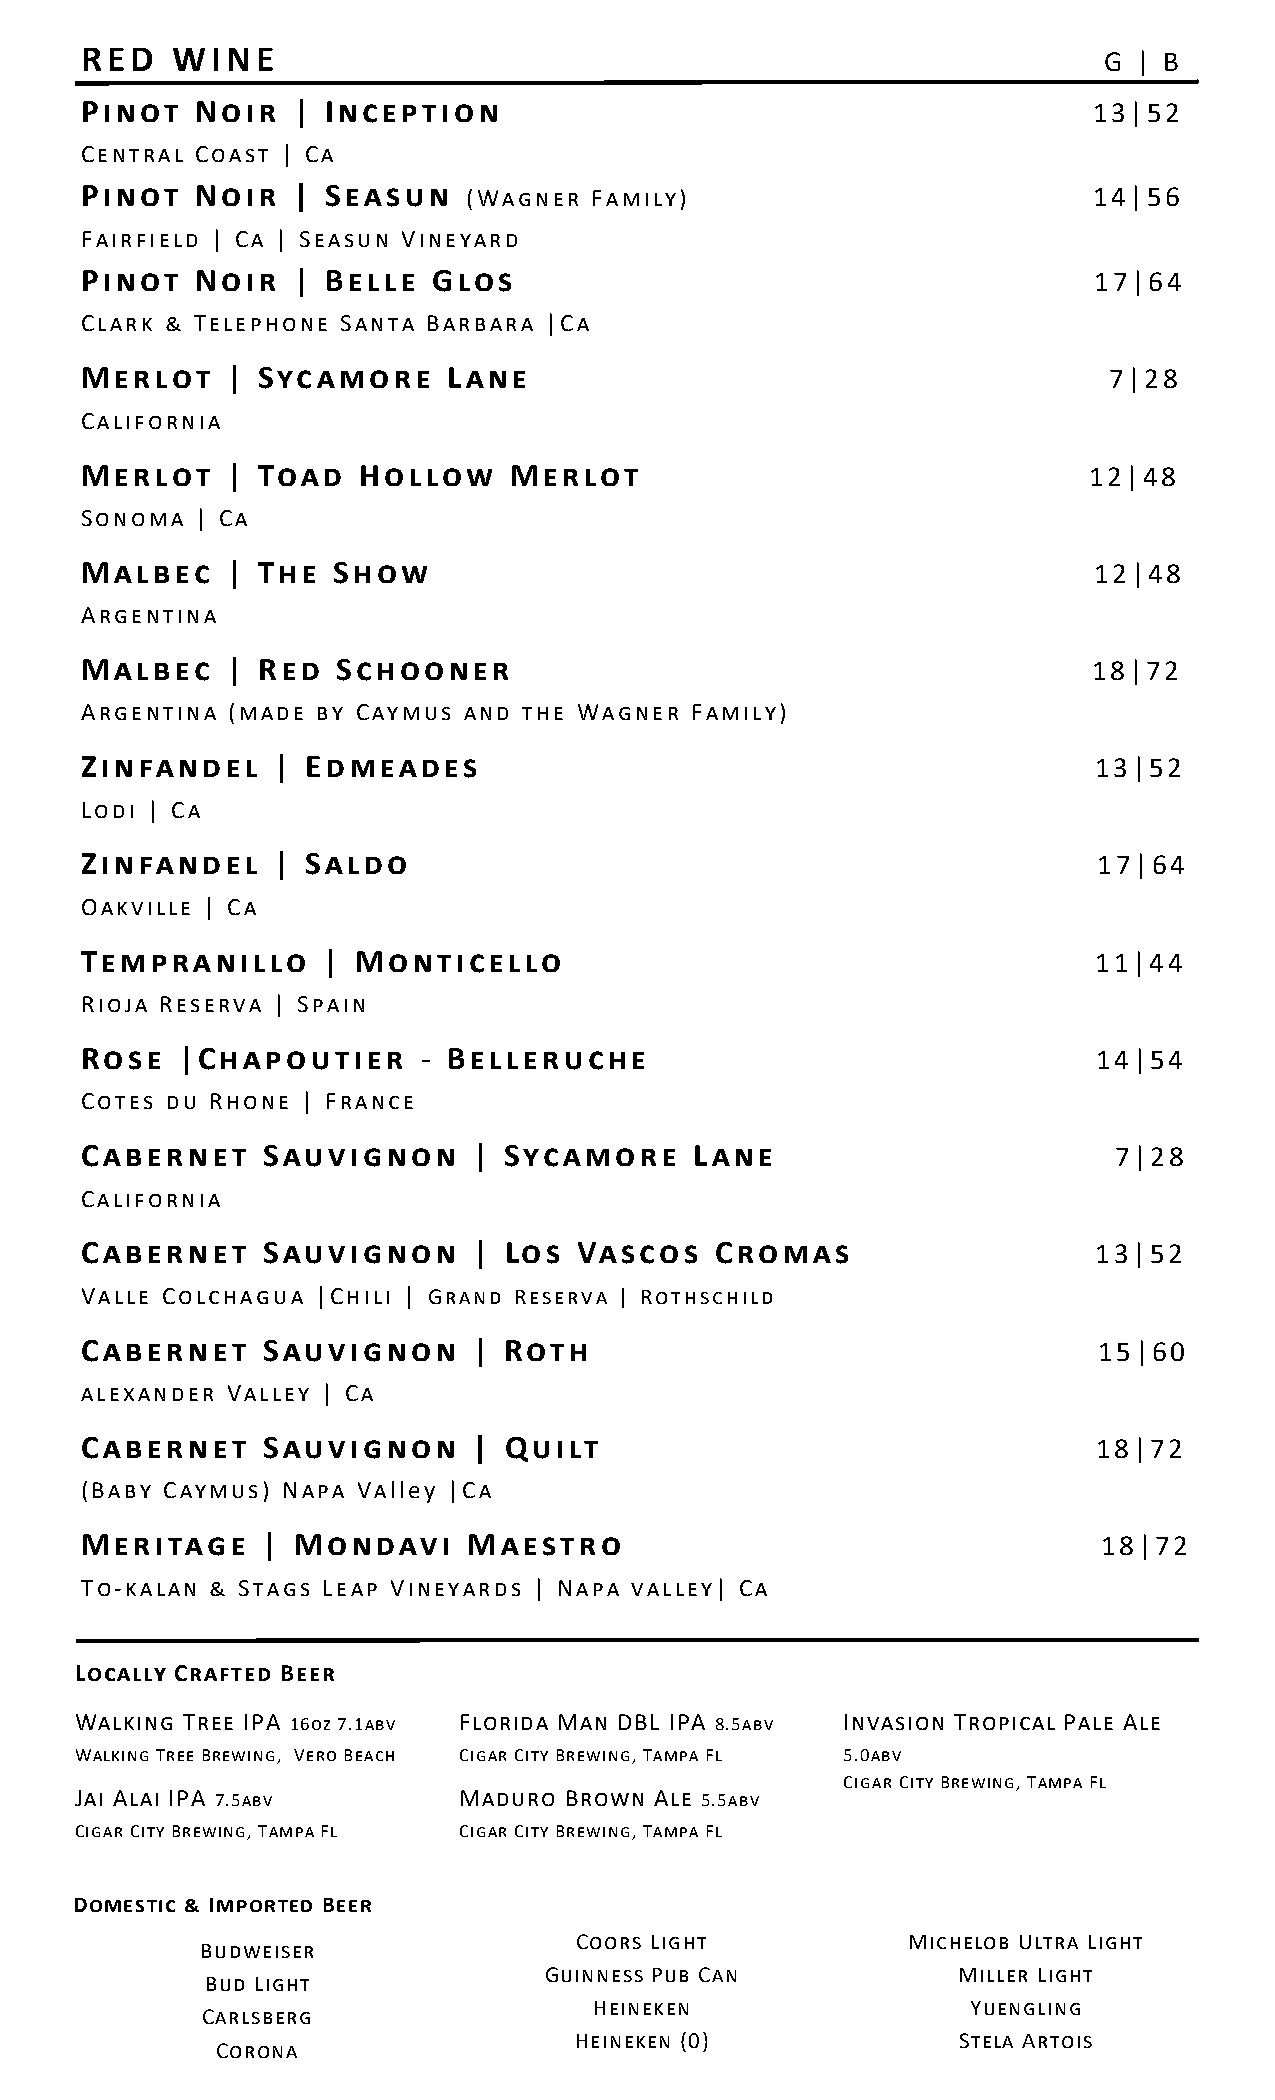
RED   WINE                                                          G | B
 Pinot   Noir  |  Inception                                         13|52
 Central Coast | Ca
 Pinot   Noir  |  Seasun   (Wagner Family)                          14|56
 Fairfield | Ca | Seasun Vineyard
 Pinot   Noir  |  Belle  Glos                                       17|64
 Clark & Telephone Santa Barbara |Ca
 Merlot    | Sycamore     Lane                                       7|28
 California
 Merlot    | Toad   Hollow    Merlot                                12|48
 Sonoma  | Ca
 Malbec    | The  Show                                              12|48
 Argentina
 Malbec    | Red  Schooner                                          18|72
 Argentina (made by Caymus and the Wagner Family)
 Zinfandel    | Edmeades                                            13|52
 Lodi | Ca
 Zinfandel    | Saldo                                                17|64
 Oakville | Ca
 Tempranillo     | Monticello                                        11|44
 Rioja Reserva | Spain
 Rose   |Chapoutier     - Belleruche                                 14|54
 Cotes du Rhone | France
 Cabernet    Sauvignon     | Sycamore     Lane                        7|28
 California
 Cabernet    Sauvignon     | Los  Vascos   Cromas                    13|52
 Valle Colchagua |Chili | Grand Reserva | Rothschild
 Cabernet    Sauvignon     | Roth                                    15|60
 alexander Valley | Ca
 Cabernet    Sauvignon     | Quilt                                   18|72
 (Baby Caymus) Napa Valley |Ca
 Meritage    | Mondavi     Maestro                                   18|72
 To-kalan & Stags Leap Vineyards | Napa valley| Ca
 Locally Crafted Beer
 Walking Tree IPA 16oz 7.1abv F l o r i d a M a n D B L I P A 8 . 5 a b v I n v a s i o n T r o p i c a l P a l e A l e
 Walking Tree Brewing, Vero Beach Cigar City Brewing, Tampa Fl 5.0abv
 Cigar City Brewing, Tampa Fl
 Jai Alai IPA 7.5abv      M a d u r o B r o w n A l e 5 . 5 a b v
 Cigar City Brewing, Tampa Fl Cigar City Brewing, Tampa Fl
 Domestic & Imported Beer
 Coors Light           M i c h e l o b U l t r a L i g h t
 Budweiser
 Guinness Pub Can           M i l l e r L i g h t
 Bud Light
 Carlsberg
 H e i n e k e n          Y u e n g l i n g
 Corona
 H e i n e k e n ( 0 )    S t e l a A r t o i s